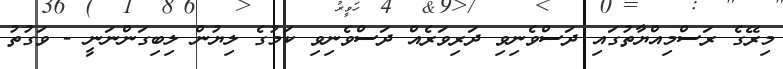
މިރޭގެ ރަސްމިއްޔާތުގައި ދަސްވެނިވި ދަރިވަރެއް ދަސްވެނިވި ކަމުގެ ލިޔުން ލިބިގަންނަނީ - ވަގުތު